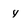
Character: y